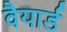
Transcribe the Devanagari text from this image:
वैयार्ड